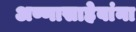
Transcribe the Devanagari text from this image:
अण्णासाहेबांना